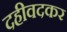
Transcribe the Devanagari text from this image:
दहीवदकर